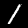
Label: 1